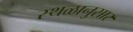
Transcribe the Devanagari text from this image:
स्थळानुसार